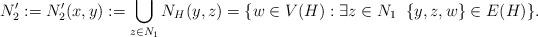
LaTeX: \begin{align*}N'_2 := N'_2(x,y):= \bigcup_{z \in N_1} N_H(y,z) = \{w \in V(H): \exists z \in N_1 \; \; \{y,z,w\} \in E(H)\}.\end{align*}